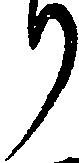
り